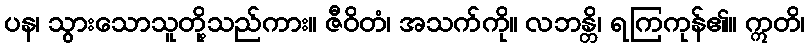
ပန၊ သွားသောသူတို့သည်ကား။ ဇီဝိတံ၊ အသက်ကို။ လဘန္တိ၊ ရကြကုန်၏။ ဣတိ၊